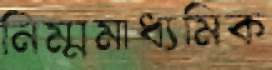
নিম্মমাধ্যমিক